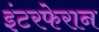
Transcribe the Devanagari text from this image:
इंटरफेरान